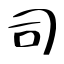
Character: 司